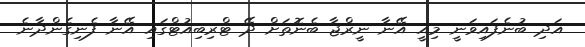
އަދި ބުނެފައިވަނީ މިއީ އޭނާ ނީރްޖާ ބެނޮތަށް ދޭ ޓްރިބިއުޓްގައި އޭނާ ފެނިގެންދާނެ